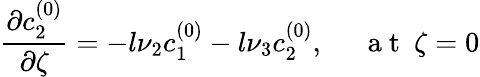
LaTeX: \frac{\partial c_{2}^{(0)}}{\partial\zeta}=-l\nu_{2}c_{1}^{(0)}-l\nu_{3}c_{2}^{(0)},~~~~~\mathrm{~a~t~}~\zeta=0